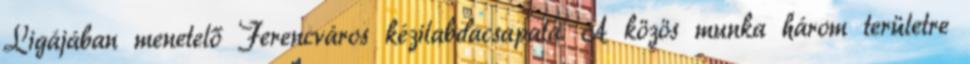
Ligájában menetelő Ferencváros kézilabdacsapata. A közös munka három területre